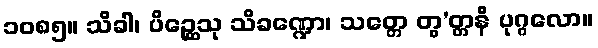
၁၀၈၅။ သိခါ၊ ပိဉ္ဆေသု သိခဏ္ဍော၊ သတ္တေ တွ’တ္တနိ ပုဂ္ဂလော။